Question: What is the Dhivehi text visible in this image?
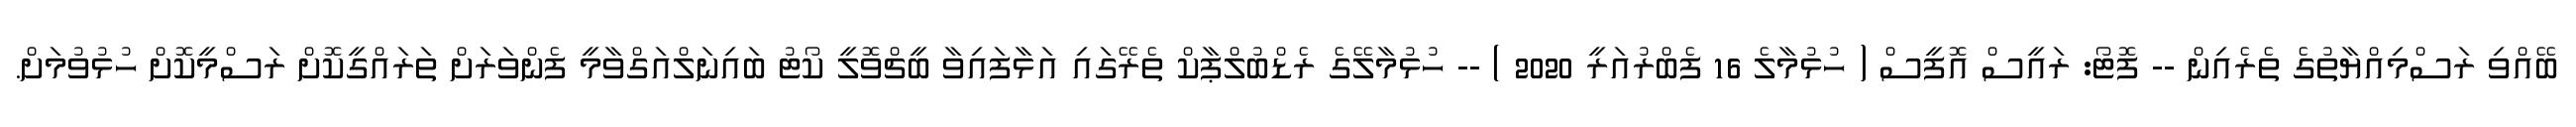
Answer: ބޭއްވި ރަސްމިއްޔާތުގެ ތެރެއިން -- ފޮޓޯ: ރައީސް އޮފީސް ( ހުޅުމާލެ 16 ފެބްރުއަރީ 2020 ) -- ހުޅުމާލޭގެ ރެޑްބުލްޕާކް ތެރޭގައި އަޅާފައިވާ ބީޗްވޮލީ ކޯޓު ބައިނަލްއަގްވާމީ ފެންވަރަށް ތަރައްގީކޮށް ރަސްމީކޮށް ހުޅުވުމަށް.